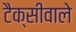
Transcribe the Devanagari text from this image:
टैक्सीवाले